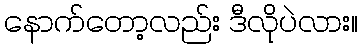
နောက်တော့လည်း ဒီလိုပဲလား။